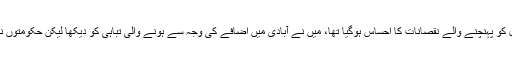
انہوں نے کہا کہ مجھے جلد ہی قدرتی ماحول کو پہنچنے والے نقصانات کا احساس ہوگیا تھا، میں نے آبادی میں اضافے کی وجہ سے ہونے والی تباہی کو دیکھا لیکن حکومتوں نے بھی اس سلسلے میں کوئی اقدام نہیں اٹھایا۔